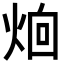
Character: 𪸰